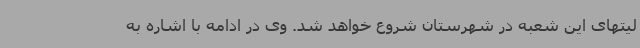
لیتهای این شعبه در شهرستان شروع خواهد شد. وی در ادامه با اشاره به